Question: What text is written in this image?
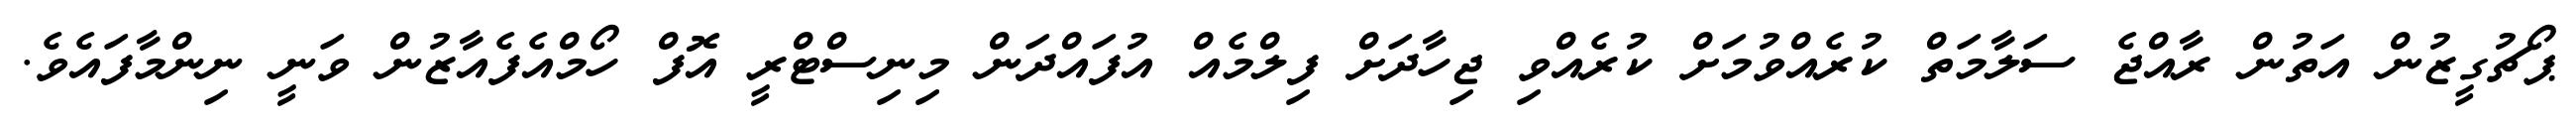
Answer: ޕޯޗުގީޒުން އަތުން ރާއްޖެ ސަލާމަތް ކުރެއްވުމަށް ކުރެއްވި ޖިހާދަށް ފިލްމެއް އުފައްދަން މިނިސްޓްރީ އޮފް ހޯމްއެފެއާޒުން ވަނީ ނިންމާފައެވެ.